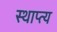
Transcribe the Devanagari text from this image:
स्थाप्त्य